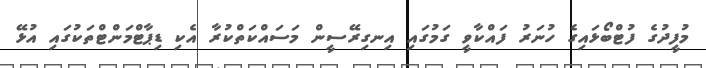
މުފީދުގެ ފުޓްބޯޅައިގެ ހުނަރު ފައްކާވީ ގަމުގައި އިނގިރޭސީން މަސައްކަތްކުރާ އެކި ޑިޕާޓްމަންޓްތަކުގައި އުޅޭ